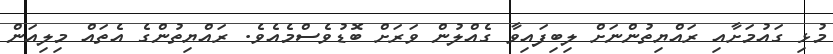
މުޅި ގައުމަށާއި ރައްޔިތުންނަށް ލިބިފައިވާ ގެއްލުން ވަރަށް ބޮޑުވެސްމެއެވެ. ރައްޔިތުންގެ އެތައް މިލިއަން